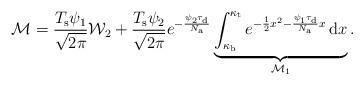
LaTeX: \begin{align*}\mathcal{M}=\frac{T_{\rm s}\psi_{1}}{\sqrt{2\pi}}\mathcal{W}_2+\frac{T_{\rm s}\psi_{2}}{\sqrt{2\pi}}e^{-\frac{\psi_{2}\tau_{\rm d}}{N_{\rm a}}}\underbrace{\int_{\kappa_{\rm b}}^{\kappa_{\rm t}} e^{-\frac{1}{2}x^2-\frac{\psi_{1}\tau_{\rm d}}{N_{\rm a}}x} \,\mathrm{d} x}_{\mathcal{M}_1}.\end{align*}